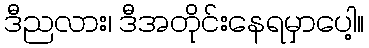
ဒီညလား၊ ဒီအတိုင်းနေရမှာပေါ့။